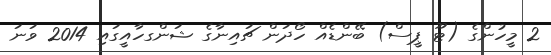
2 މީހުންގެ (ޓޫ ޕީސް) ބޭންޑެއް ހޯދަން ޗައިނާގެ ޝަންގހާއީގައި 2014 ވަނަ